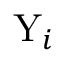
\mathrm { Y } _ { i }